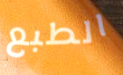
الطبع